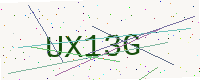
Text: UX13G